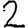
Digit: 2